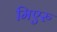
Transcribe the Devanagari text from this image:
मिएरु